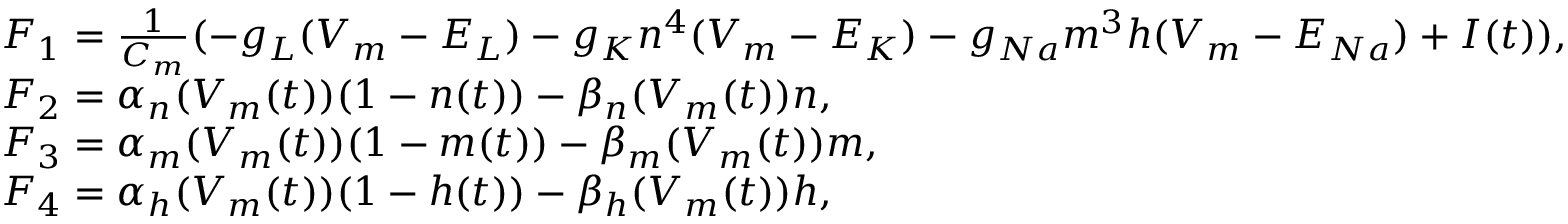
\begin{array} { r l } & { F _ { 1 } = \frac { 1 } { C _ { m } } ( - g _ { L } ( V _ { m } - E _ { L } ) - g _ { K } n ^ { 4 } ( V _ { m } - E _ { K } ) - g _ { N a } m ^ { 3 } h ( V _ { m } - E _ { N a } ) + I ( t ) ) , } \\ & { F _ { 2 } = \alpha _ { n } ( V _ { m } ( t ) ) ( 1 - n ( t ) ) - \beta _ { n } ( V _ { m } ( t ) ) n , } \\ & { F _ { 3 } = \alpha _ { m } ( V _ { m } ( t ) ) ( 1 - m ( t ) ) - \beta _ { m } ( V _ { m } ( t ) ) m , } \\ & { F _ { 4 } = \alpha _ { h } ( V _ { m } ( t ) ) ( 1 - h ( t ) ) - \beta _ { h } ( V _ { m } ( t ) ) h , } \end{array}